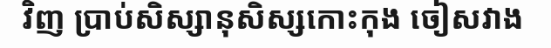
វិញ ប្រាប់សិស្សានុសិស្សកោះកុង ចៀសវាង